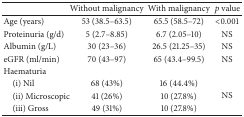
|  | Without malignancy | With malignancy | p value |
 | --- | --- | --- | --- |
 | Age (years) | 53 (38.5–63.5) | 65.5 (58.5–72) | <0.001 |
 | Proteinuria (g/d) | 5 (2.7–8.85) | 6.7 (2.05–10) | NS |
 | Albumin (g/L) | 30 (23–36) | 26.5 (21.25–35) | NS |
 | eGFR (ml/min) | 70 (43–97) | 65 (43.4–99.5) | NS |
 | Haematuria |  |  |  |
 | (i) Nil | 68 (43%) | 16 (44.4%) | <ROWSPAN=3> NS |
 | (ii) Microscopic | 41 (26%) | 10 (27.8%) |
 | (iii) Gross | 49 (31%) | 10 (27.8%) |